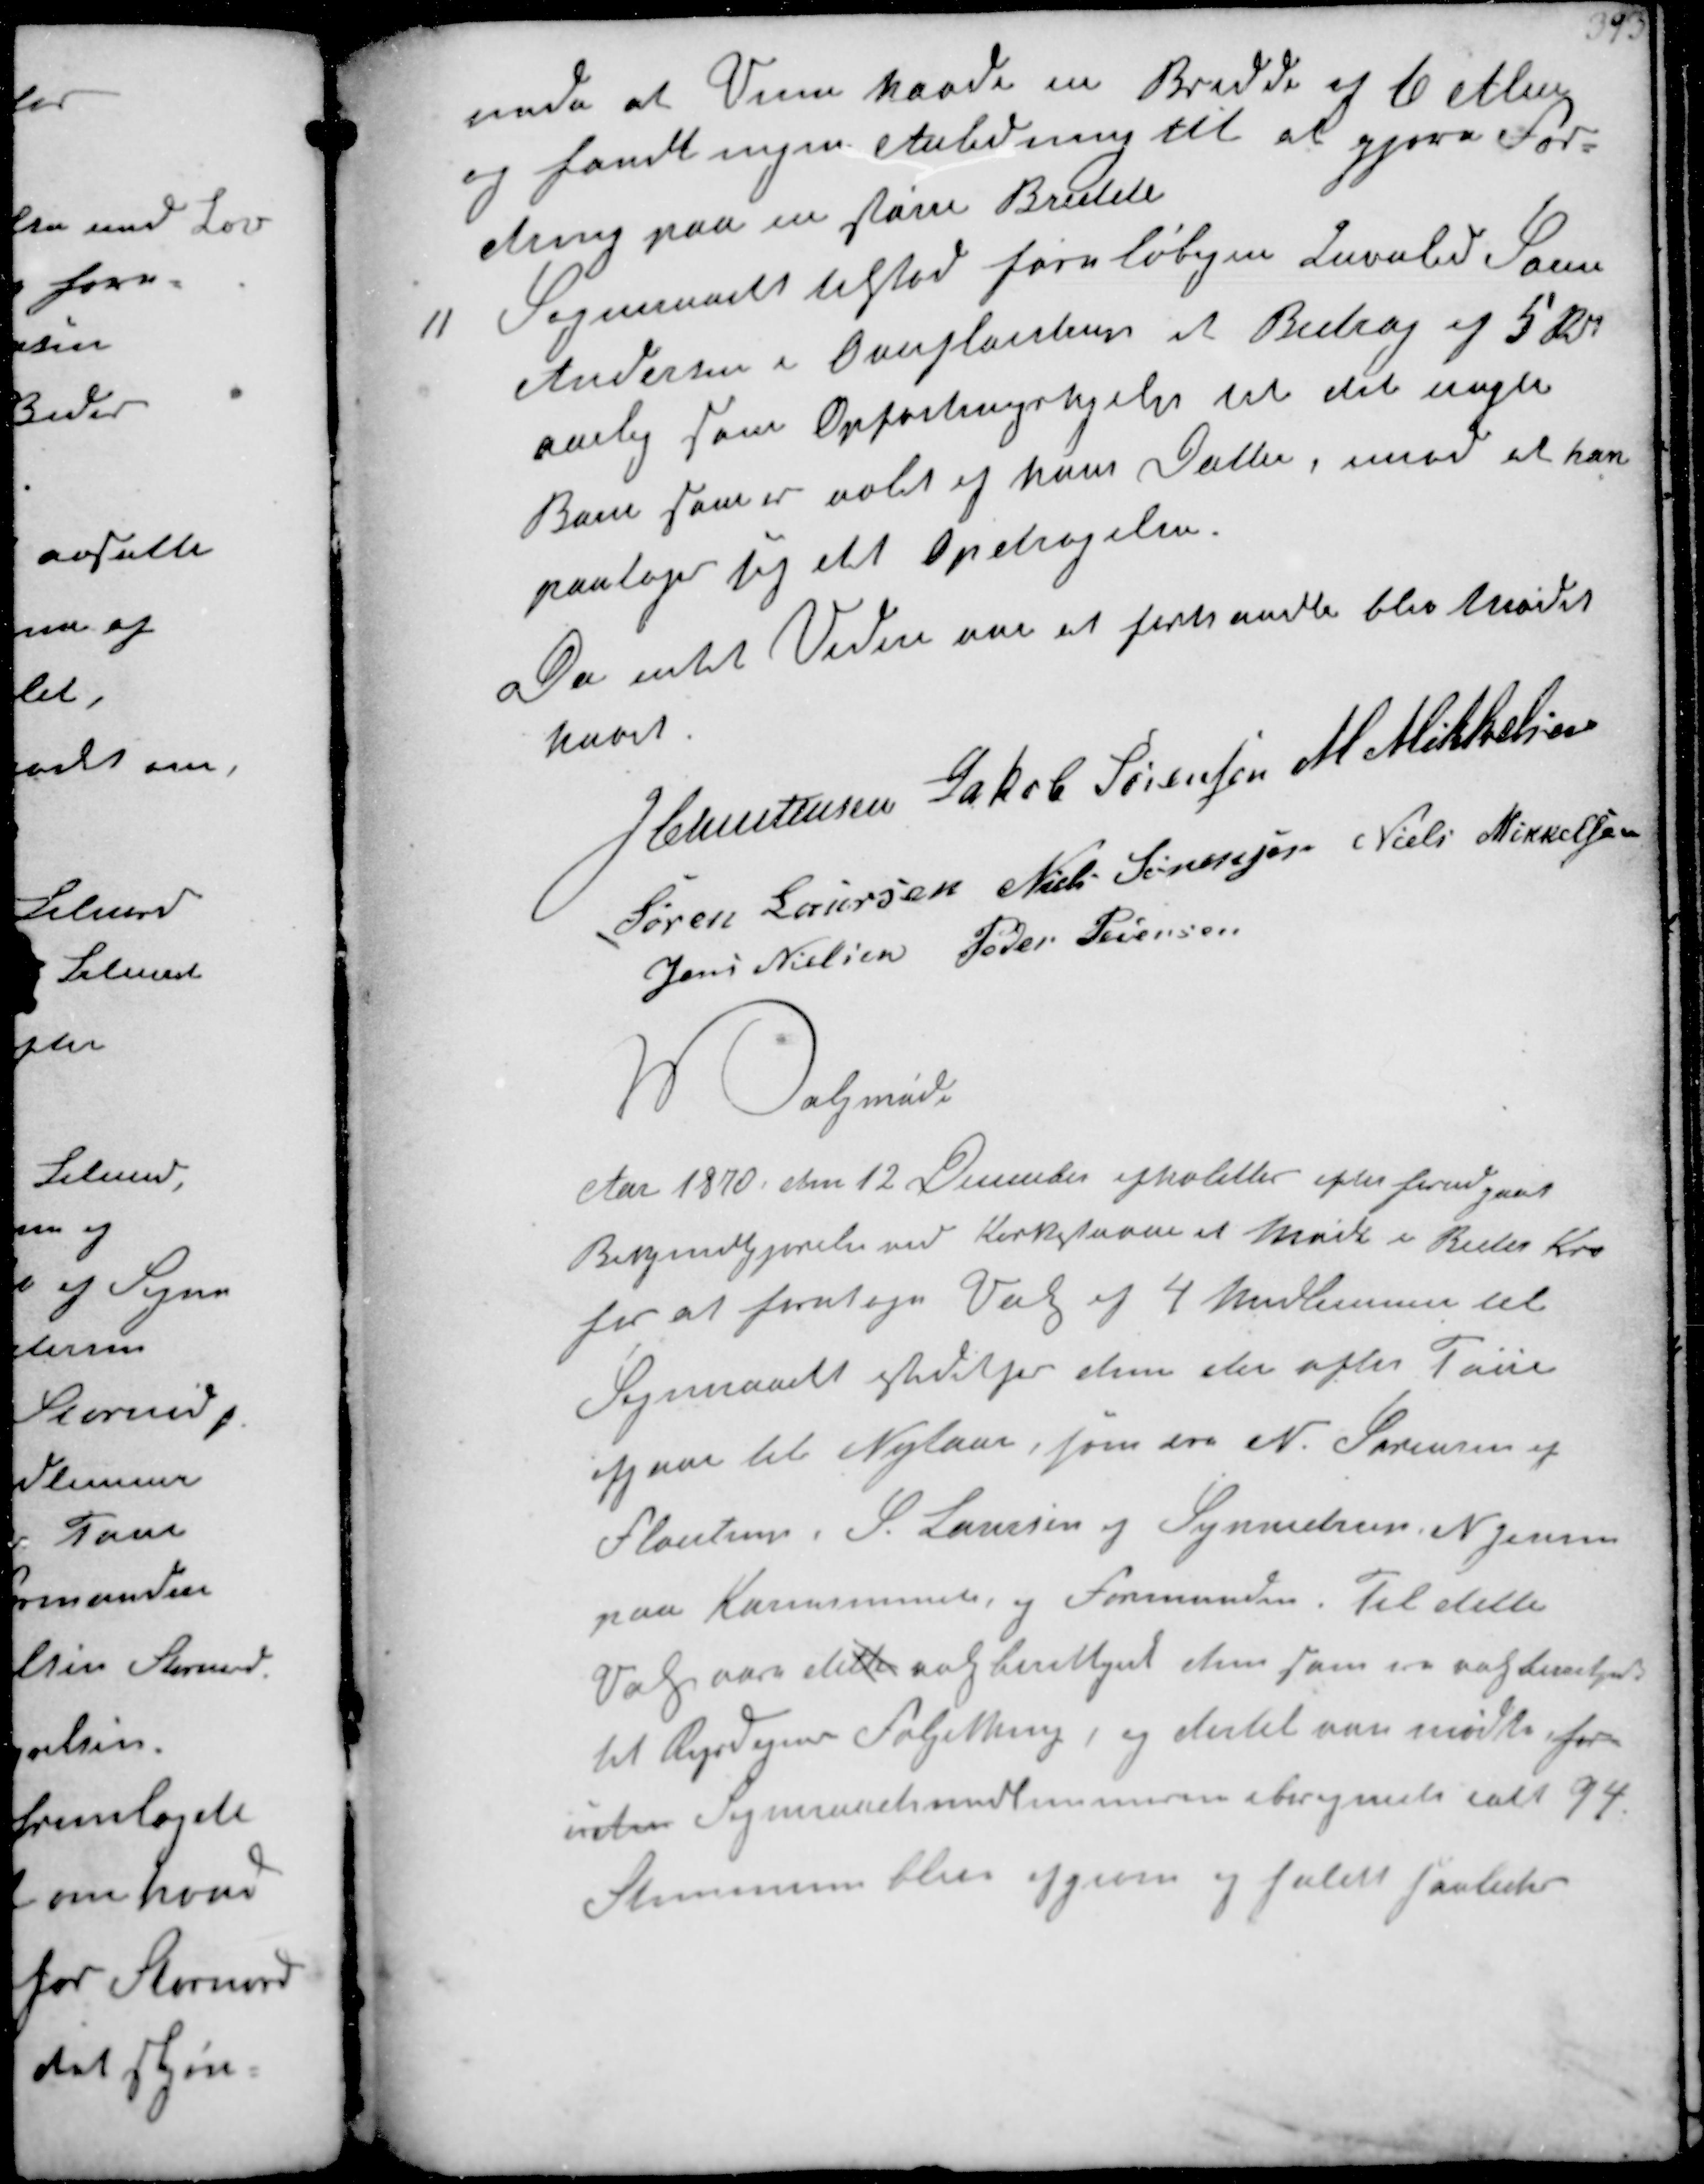
Transskription:
nede at Vejen havde en Bredde af 6 Alen
og fandt ingen Anledning til at gjøre For-
dring paa en større Bredde

11
Sogneraadet tilstod foreløbigen Invalid Søren
Andersen i Overfløjstrup et Bidrag af 5 Rd
aarlig som Opfostringshjælp til det uægte
Barn som er avlet af hans Datter, imod at han
paatager sig det Opdragelsen
Da intet Videre var at forhandle blev Mødet 
hævet
J Christensen Jakob Sørensen M Mikkelsen
Søren Laursen Niels Sørensen Niels Mikkelsen
Jens Nielsen Peder Pedersen

Valgmøde
Aar 1870 den 12 December afholdtes efter forudgaaet
Bekjendtgjørelse ved Kirkestævne et Møde i Beder Kro
for at foretage Valg af 4 Medlemmer til
Sogneraadet istedetfor dem der efter Tour
afgaar til Nytaar, som er N. Sørensen af
Fløjstrup, S. Laursen af Synnedrup N Jensen 
paa Karensminde og Formanden. Til dette
Valgaar dette valgberettiget dem som er valgberettiget
til Rigsdagens Folketing, og dertil var mødte for-
uden Sogneraadsmedlemmerne iberegnede ialt 94.
Stemmer blev afgiven og faldt saaledes